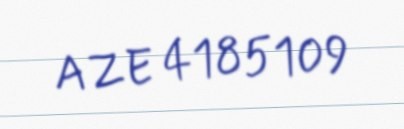
AZE 4185109